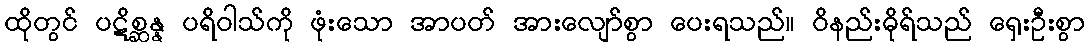
ထိုတွင် ပဋိစ္ဆန္န ပရိဝါသ်ကို ဖုံးသော အာပတ် အားလျော်စွာ ပေးရသည်။ ဝိနည်းဓိုရ်သည် ရှေးဦးစွာ